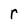
Character: r